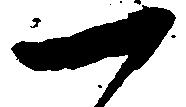
一